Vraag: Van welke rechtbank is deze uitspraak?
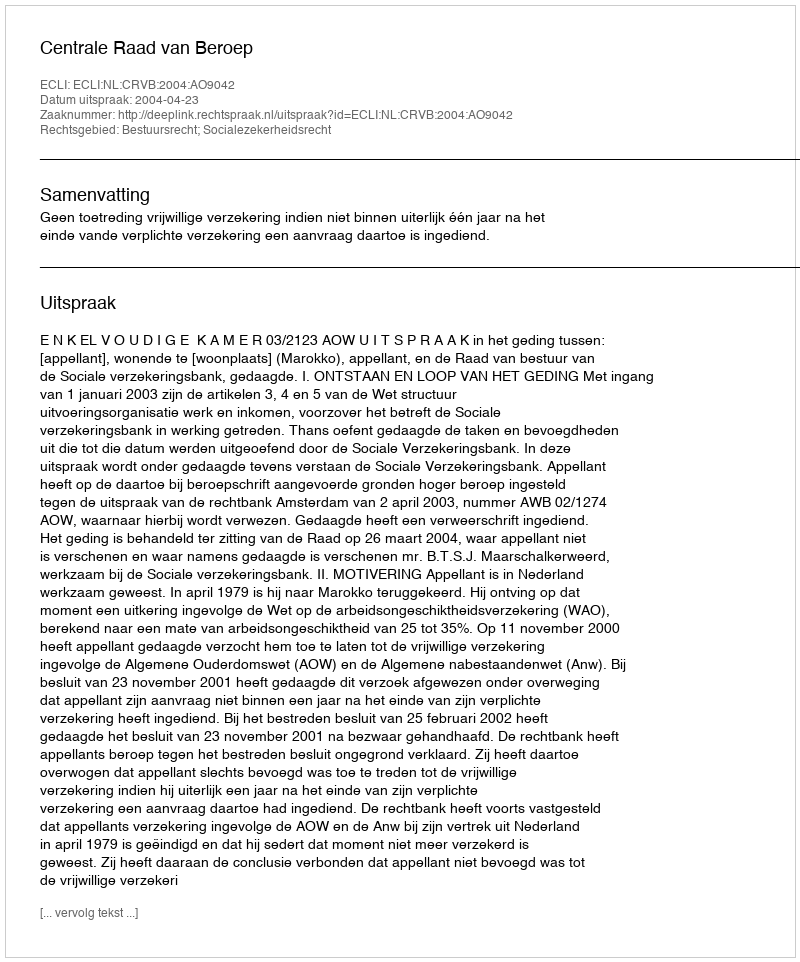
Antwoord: Centrale Raad van Beroep